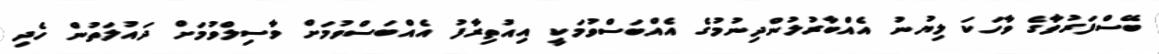
ބޭސްފަރުވާގެ ވާހަކަ ލިޔުނު އެއްބާރުލުންދިނުމުގެ އެއްބަސްވުމަކީ އިއުތިރާފު އެއްބަސްވުމަށް ވާސިލްވުމަށް ދައުލަތުން ހެދި